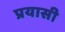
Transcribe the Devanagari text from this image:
प्रयासी